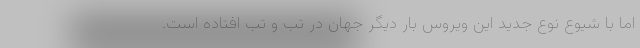
اما با شیوع نوع جدید این ویروس بار دیگر جهان در تب و تب افتاده است.